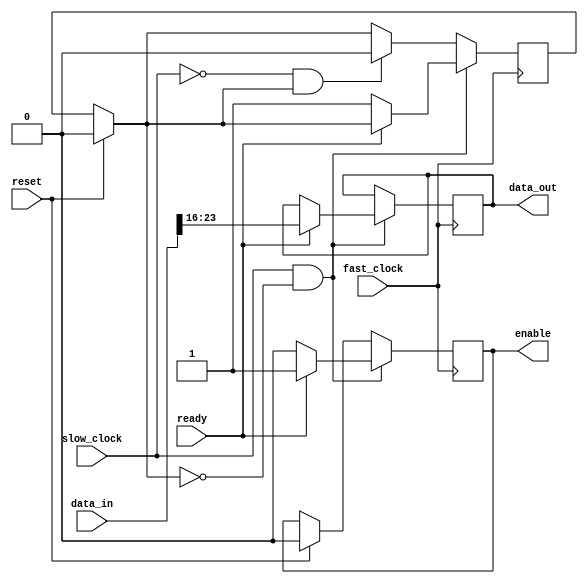
/*--------------------------------------------------------------------------
    ADC Module
    samples audio codec at rate given by slow_clock and outputs number of 
    bits equal to quantization parameter
--------------------------------------------------------------------------*/  
module ADC(data_in, data_out, ready, enable, fast_clock, slow_clock, reset);
    
    //Quantization parameter
    parameter N = 8;

    //IO signals
    input [23:0] data_in;
    output reg [N-1:0] data_out;
    input ready;
    output reg enable;
    input fast_clock, slow_clock, reset;

    //internal signals
    reg disable_read;
    
    //logic to read from audio codec
    always@(posedge(fast_clock)) begin
        if(reset == 1) begin
            enable = 0;
			disable_read = 0;
        end

        //if slow_clock has recently turned to 1 (positive edge)
        if(slow_clock == 1 && disable_read == 0) begin

            //if ready is equal to 1, then read quantization number of bits from codec and assert enable to get new sample
            if(ready == 1) begin
                enable = 1;
                data_out = data_in[23:24-N];
            end

            //if codec is busy getting new signal, deassert enable and disable read until new posedge on slow clock
            else if(ready == 0) begin
                enable = 0;
                disable_read = 1;
            end
        end

        //if slow clock has cycled to zero, enable read and wait for slow clock to turn back to 1 (posedge)
        else if(slow_clock == 0 && disable_read == 1) begin
            disable_read = 0;
        end
    end

endmodule

/*--------------------------------------------------------------------------
    DAC Module
    scales input from quantization parameter back to 24 bit width of audio
    codec and outputs at sample rate given by slow_clock
--------------------------------------------------------------------------*/  
module DAC(data_in, data_out, ready, enable, fast_clock, slow_clock, reset);
    
    //Quantization parameter
    parameter N = 8;

    //IO signals
    input [7:0] data_in;
    output reg [23:0] data_out;
    input ready;
    output reg enable;
    input fast_clock, slow_clock, reset;

    //internal signals
    reg disable_write;
    
    //logic to read from audio codec
    always@(posedge(fast_clock)) begin
        if(reset == 1) begin
            enable = 0;
			disable_write = 0;
        end

        //if slow clock has recently turned to 1 (posedge)
        if(slow_clock == 1 && disable_write == 0) begin
            
            //if codec is ready, then pass data scaled up to 24 bits and assert enable
            if(ready == 1) begin
                enable = 1;
                data_out = {data_in, {24-N{1'b0}}};
            end

            //if codec is busy fetching new sample, deassert enable and disable write until new posedge on slow clock
            if(ready == 0) begin
                enable = 0;
                disable_write = 1;
            end

        end

        //if slow clock has cycled to zero, enable write and then wait for slow clock to cycle back to 1 (posedge)
        else if(slow_clock == 0 && disable_write == 1) begin
            disable_write = 0;
        end
    end

endmodule